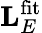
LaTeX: \mathbf{L}_{E}^{\mathrm{fit}}